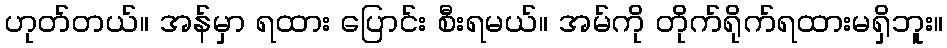
ဟုတ်တယ်။ အန်မှာ ရထား ပြောင်း စီးရမယ်။ အမ်ကို တိုက်ရိုက်ရထားမရှိဘူး။